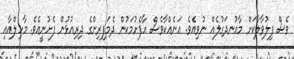
ވެސް ފިލުވާލާކަށް މާއުނދަގުލެއް ނުވިއެވެ. އަނެއްކާވެސް އާފެށުމަކުން ދެމަފިރިންގެ ދިރިއުޅުން ފެށުނީއެވެ. މާހިލްއާއި